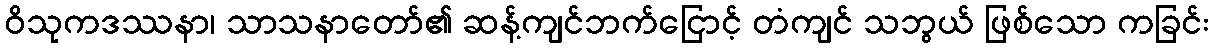
ဝိသုကဒဿနာ၊ သာသနာတော်၏ ဆန့်ကျင်ဘက်ငြောင့် တံကျင် သဘွယ် ဖြစ်သော ကခြင်း